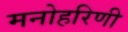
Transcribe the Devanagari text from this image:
मनोहरिणी